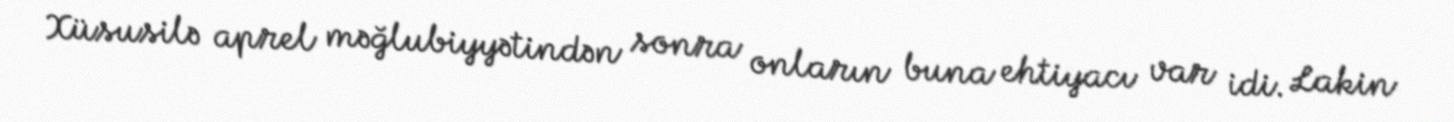
Xüsusilə aprel məğlubiyyətindən sonra onların buna ehtiyacı var idi. Lakin